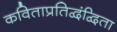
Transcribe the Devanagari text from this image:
कविताप्रतिद्वंद्विता